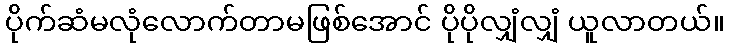
ပိုက်ဆံမလုံလောက်တာမဖြစ်အောင် ပိုပိုလျှံလျှံ ယူလာတယ်။